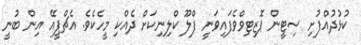
ކުޅުދުއްފުށި ސިޓީން ޕޮޒިޓިވްވެފައިވަނީ ފްލޫ ކްލިނިކަށް ދެއްކި މީހެކެވެ. އެޗްޕީއޭ އިން ބުނީ